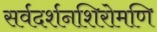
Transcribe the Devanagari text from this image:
सर्वदर्शनशिरोमणि